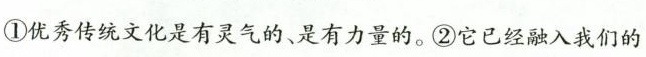
①优秀传统文化是有灵气的、是有力量的。②它已经融入我们的